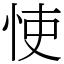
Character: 㤦